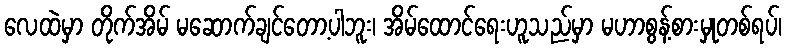
လေထဲမှာ တိုက်အိမ် မဆောက်ချင်တော့ပါဘူး၊ အိမ်ထောင်ရေးဟူသည်မှာ မဟာစွန့်စားမှုတစ်ရပ်၊